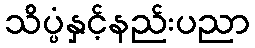
သိပ္ပံနှင့်နည်းပညာ